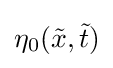
\eta _{0}({\tilde {x}},{\tilde {t}})